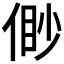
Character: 𠋝